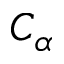
C _ { \alpha }